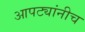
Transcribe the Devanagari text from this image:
आपट्यांनीच